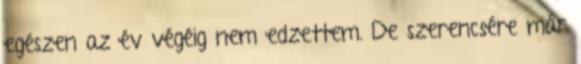
egészen az év végéig nem edzettem. De szerencsére már